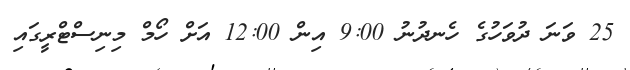
25 ވަނަ ދުވަހުގެ ހެނދުނު 9:00 އިން 12:00 އަށް ހޯމް މިނިސްޓްރީގައި